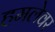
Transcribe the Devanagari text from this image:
हमलेवर